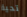
تحية